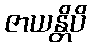
ဇာယန္တိပိ